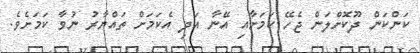
ކަންކަން ދޫކޮށްލަން ޖެހޭ ކަމަށާއި އޭނާ އަދި އެކަމަށް ތައްޔާރު ނުވާ ކަމަށެވެ.